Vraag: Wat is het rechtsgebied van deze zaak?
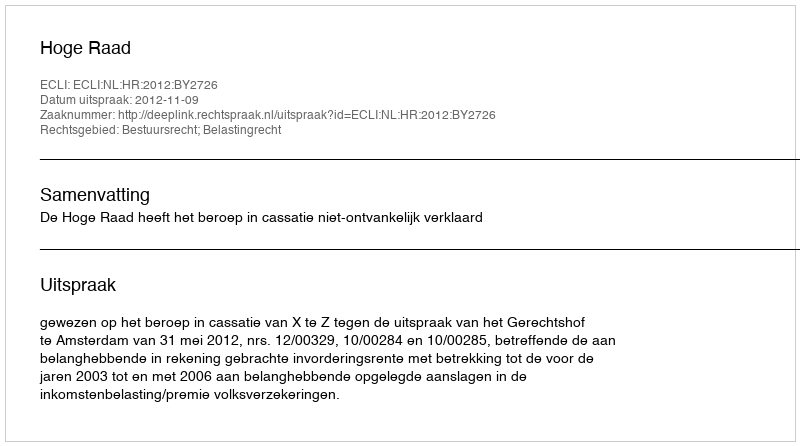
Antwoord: Bestuursrecht; Belastingrecht